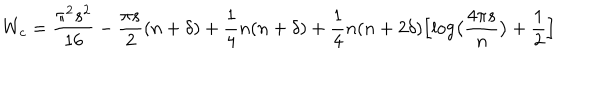
W _ { c } = { \frac { \pi ^ { 2 } s ^ { 2 } } { 1 6 } } - { \frac { \pi s } { 2 } } ( n + \delta ) + { \frac { 1 } { 4 } } n ( n + \delta ) + { \frac { 1 } { 4 } } n ( n + 2 \delta ) \Bigl [ \log \bigl ( { \frac { 4 \pi s } { n } } \bigr ) + { \frac { 1 } { 2 } } \Bigr ]